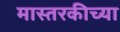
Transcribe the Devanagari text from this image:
मास्तरकीच्या